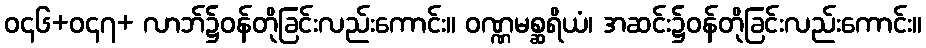
ဝ၄၆+ဝ၄၇+ လာဘ်၌ဝန်တိုခြင်းလည်းကောင်း။ ဝဏ္ဏမစ္ဆရိယံ၊ အဆင်း၌ဝန်တိုခြင်းလည်းကောင်း။